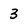
Character: 3